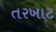
તરખાટ